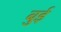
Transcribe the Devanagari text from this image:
बुई